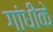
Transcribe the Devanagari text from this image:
गांधीके